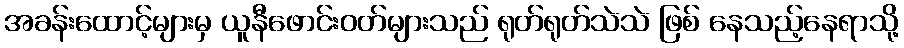
အခန်းထောင့်များမှ ယူနီဖောင်းဝတ်များသည် ရုတ်ရုတ်သဲသဲ ဖြစ် နေသည့်နေရာသို့